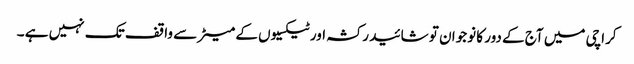
کراچی میں آج کے دور کا نوجوان تو شائید رکشہ اور ٹیکسیوں کے میٹر سے واقف تک نہیں ہے ۔